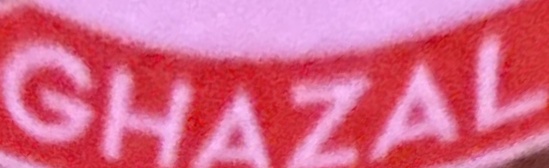
GHAZAL